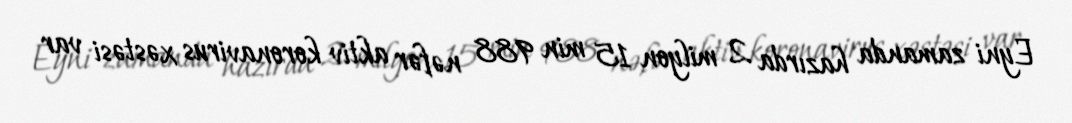
Eyni zamanda hazırda 2 milyon 15 min 988 nəfər aktiv koronavirus xəstəsi var